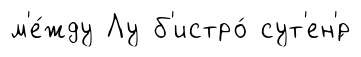
м'е́жду Лу б'истро́ сут'ен'́р